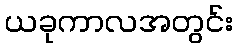
ယခုကာလအတွင်း